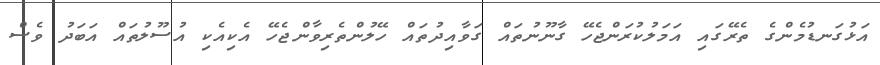
އަޅުގަނޑުމެންގެ ތެރޭގައި އަމަލުކުރަންޖެހޭ ގާނޫނުތައް ގަވާއިދުތައް ހޭލުންތެރިވާންޖެހޭ އެކިއެކި އުސޫލުތައް އަބަދު ވެސް